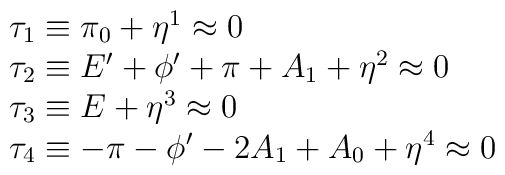
\begin{array}{l}  \tau_1 \equiv \pi_0 + \eta^1 \approx 0 \\ \tau_2\equiv  E' + \phi' + \pi + A_1 +\eta^2 \approx 0 \\ \tau_3 \equiv E + \eta^3 \approx 0 \\  \tau_4 \equiv -\pi - \phi' - 2A_1 + A_0 + \eta^4 \approx  0  \end{array}